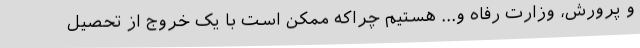
و پرورش، وزارت رفاه و... هستیم چراکه ممکن است با یک خروج از تحصیل